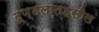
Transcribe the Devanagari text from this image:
टूण्डलातहसील